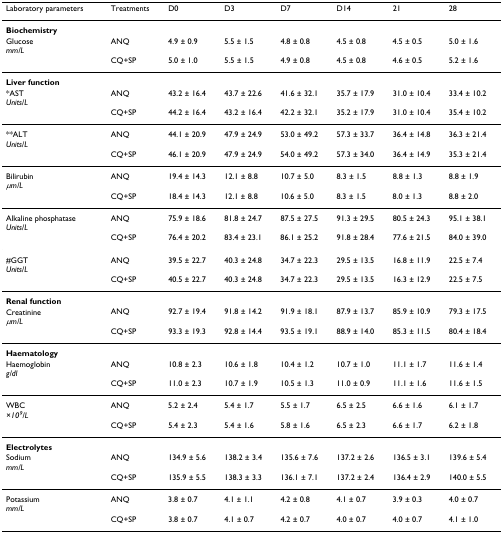
<table><thead><tr><td><b>Laboratory parameters</b></td><td><b>Treatments</b></td><td><b>D0</b></td><td><b>D3</b></td><td><b>D7</b></td><td><b>D14</b></td><td><b>21</b></td><td><b>28</b></td></tr></thead><tbody><tr><td><b>Biochemistry</b></td><td></td><td></td><td></td><td></td><td></td><td></td><td></td></tr><tr><td>Glucose<i>mm/L</i></td><td>ANQ</td><td>4.9 ± 0.9</td><td>5.5 ± 1.5</td><td>4.8 ± 0.8</td><td>4.5 ± 0.8</td><td>4.5 ± 0.5</td><td>5.0 ± 1.6</td></tr><tr><td></td><td>CQ+SP</td><td>5.0 ± 1.0</td><td>5.5 ± 1.5</td><td>4.9 ± 0.8</td><td>4.5 ± 0.8</td><td>4.6 ± 0.5</td><td>5.2 ± 1.6</td></tr><tr><td><b>Liver function</b></td><td></td><td></td><td></td><td></td><td></td><td></td><td></td></tr><tr><td>*AST<i>Units/L</i></td><td>ANQ</td><td>43.2 ± 16.4</td><td>43.7 ± 22.6</td><td>41.6 ± 32.1</td><td>35.7 ± 17.9</td><td>31.0 ± 10.4</td><td>33.4 ± 10.2</td></tr><tr><td></td><td>CQ+SP</td><td>44.2 ± 16.4</td><td>43.2 ± 16.4</td><td>42.2 ± 32.1</td><td>35.2 ± 17.9</td><td>31.0 ± 10.4</td><td>35.4 ± 10.2</td></tr><tr><td>**ALT<i>Units/L</i></td><td>ANQ</td><td>44.1 ± 20.9</td><td>47.9 ± 24.9</td><td>53.0 ± 49.2</td><td>57.3 ± 33.7</td><td>36.4 ± 14.8</td><td>36.3 ± 21.4</td></tr><tr><td></td><td>CQ+SP</td><td>46.1 ± 20.9</td><td>47.9 ± 24.9</td><td>54.0 ± 49.2</td><td>57.3 ± 34.0</td><td>36.4 ± 14.9</td><td>35.3 ± 21.4</td></tr><tr><td>Bilirubin<i>μm/L</i></td><td>ANQ</td><td>19.4 ± 14.3</td><td>12.1 ± 8.8</td><td>10.7 ± 5.0</td><td>8.3 ± 1.5</td><td>8.8 ± 1.3</td><td>8.8 ± 1.9</td></tr><tr><td></td><td>CQ+SP</td><td>18.4 ± 14.3</td><td>12.1 ± 8.8</td><td>10.6 ± 5.0</td><td>8.3 ± 1.5</td><td>8.0 ± 1.3</td><td>8.8 ± 2.0</td></tr><tr><td>Alkaline phosphatase<i>Units/L</i></td><td>ANQ</td><td>75.9 ± 18.6</td><td>81.8 ± 24.7</td><td>87.5 ± 27.5</td><td>91.3 ± 29.5</td><td>80.5 ± 24.3</td><td>95.1 ± 38.1</td></tr><tr><td></td><td>CQ+SP</td><td>76.4 ± 20.2</td><td>83.4 ± 23.1</td><td>86.1 ± 25.2</td><td>91.8 ± 28.4</td><td>77.6 ± 21.5</td><td>84.0 ± 39.0</td></tr><tr><td>#GGT<i>Units/L</i></td><td>ANQ</td><td>39.5 ± 22.7</td><td>40.3 ± 24.8</td><td>34.7 ± 22.3</td><td>29.5 ± 13.5</td><td>16.8 ± 11.9</td><td>22.5 ± 7.4</td></tr><tr><td></td><td>CQ+SP</td><td>40.5 ± 22.7</td><td>40.3 ± 24.8</td><td>34.7 ± 22.3</td><td>29.5 ± 13.5</td><td>16.3 ± 12.9</td><td>22.5 ± 7.5</td></tr><tr><td><b>Renal function</b></td><td></td><td></td><td></td><td></td><td></td><td></td><td></td></tr><tr><td>Creatinine<i>μm/L</i></td><td>ANQ</td><td>92.7 ± 19.4</td><td>91.8 ± 14.2</td><td>91.9 ± 18.1</td><td>87.9 ± 13.7</td><td>85.9 ± 10.9</td><td>79.3 ± 17.5</td></tr><tr><td></td><td>CQ+SP</td><td>93.3 ± 19.3</td><td>92.8 ± 14.4</td><td>93.5 ± 19.1</td><td>88.9 ± 14.0</td><td>85.3 ± 11.5</td><td>80.4 ± 18.4</td></tr><tr><td><b>Haematology</b></td><td></td><td></td><td></td><td></td><td></td><td></td><td></td></tr><tr><td>Haemoglobin<i>g/dl</i></td><td>ANQ</td><td>10.8 ± 2.3</td><td>10.6 ± 1.8</td><td>10.4 ± 1.2</td><td>10.7 ± 1.0</td><td>11.1 ± 1.7</td><td>11.6 ± 1.4</td></tr><tr><td></td><td>CQ+SP</td><td>11.0 ± 2.3</td><td>10.7 ± 1.9</td><td>10.5 ± 1.3</td><td>11.0 ± 0.9</td><td>11.1 ± 1.6</td><td>11.6 ± 1.5</td></tr><tr><td>WBC<i>×10</i><sup><i>9</i></sup>/<i>L</i></td><td>ANQ</td><td>5.2 ± 2.4</td><td>5.4 ± 1.7</td><td>5.5 ± 1.7</td><td>6.5 ± 2.5</td><td>6.6 ± 1.6</td><td>6.1 ± 1.7</td></tr><tr><td></td><td>CQ+SP</td><td>5.4 ± 2.3</td><td>5.4 ± 1.6</td><td>5.8 ± 1.6</td><td>6.5 ± 2.3</td><td>6.6 ± 1.7</td><td>6.2 ± 1.8</td></tr><tr><td><b>Electrolytes</b></td><td></td><td></td><td></td><td></td><td></td><td></td><td></td></tr><tr><td>Sodium<i>mm/L</i></td><td>ANQ</td><td>134.9 ± 5.6</td><td>138.2 ± 3.4</td><td>135.6 ± 7.6</td><td>137.2 ± 2.6</td><td>136.5 ± 3.1</td><td>139.6 ± 5.4</td></tr><tr><td></td><td>CQ+SP</td><td>135.9 ± 5.5</td><td>138.3 ± 3.3</td><td>136.1 ± 7.1</td><td>137.2 ± 2.4</td><td>136.4 ± 2.9</td><td>140.0 ± 5.5</td></tr><tr><td>Potassium<i>mm/L</i></td><td>ANQ</td><td>3.8 ± 0.7</td><td>4.1 ± 1.1</td><td>4.2 ± 0.8</td><td>4.1 ± 0.7</td><td>3.9 ± 0.3</td><td>4.0 ± 0.7</td></tr><tr><td></td><td>CQ+SP</td><td>3.8 ± 0.7</td><td>4.1 ± 0.7</td><td>4.2 ± 0.7</td><td>4.0 ± 0.7</td><td>4.0 ± 0.7</td><td>4.1 ± 1.0</td></tr></tbody></table>